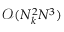
\mathcal O ( N _ { k } ^ { 2 } N ^ { 3 } )